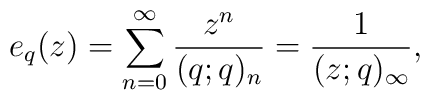
e_q(z)=\sum^\infty_{n=0}\frac{z^n}{(q;q)_n}=\frac{1}{(z;q)_\infty},